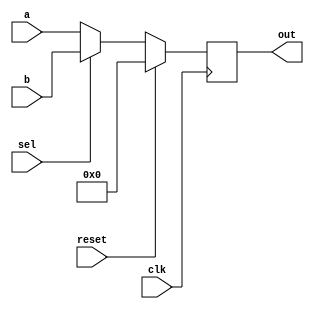
`timescale 1ns / 1ps
//////////////////////////////////////////////////////////////////////////////////
// Company: 
// Engineer: 
// 
// Design Name: 
// Module Name:    mux32bit2_1 
// Project Name: 
// Target Devices: 
// Tool versions: 
// Description: 
//
// Dependencies: 
//
// Revision: 
// Revision 0.01 - File Created
// Additional Comments: 
//
//////////////////////////////////////////////////////////////////////////////////
module mux32bit21( clk,reset,a,b,sel,out);
parameter width=32;
input [width-1:0]a,b;
input sel,clk,reset;
output reg [width-1:0] out;

always@(posedge clk)
begin
if (reset)
out=32'b0;

else if (sel)
out=b;
else
out=a;
end
endmodule